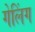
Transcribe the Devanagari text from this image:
गेलिंग